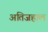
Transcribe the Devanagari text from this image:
अतिजहाल